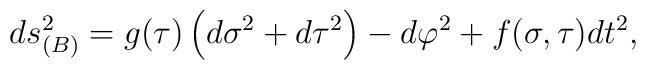
ds_{(B)}^{2}=g(\tau )\left( d\sigma ^{2}+d\tau ^{2}\right) -d\varphi^{2}+f(\sigma ,\tau )dt^{2},